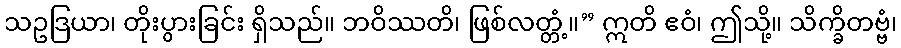
သဥဒြယာ၊ တိုးပွားခြင်း ရှိသည်။ ဘဝိဿတိ၊ ဖြစ်လတ္တံ့။” ဣတိ ဧဝံ၊ ဤသို့။ သိက္ခိတဗ္ဗံ၊